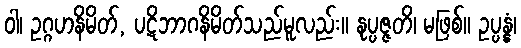
ဝါ၊ ဥဂ္ဂဟနိမိတ်, ပဋိဘာဂနိမိတ်သည်မူလည်း။ နုပ္ပဇ္ဇတိ၊ မဖြစ်။ ဥပ္ပန္နံ၊